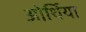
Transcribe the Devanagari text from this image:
ओर्थिया